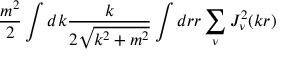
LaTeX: \frac { m ^ { 2 } } 2 \int d k \frac { k } { 2 \sqrt { k ^ { 2 } + m ^ { 2 } } } \int d r r \sum _ { \nu } J _ { \nu } ^ { 2 } ( k r )